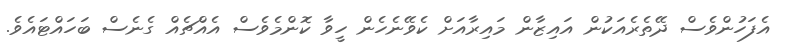
އެފަހުންވެސް ދޭތެރެއަކުން އައިޒާން މައިރާއަށް ކެވޭނެހެން ހީވާ ކޮންމެވެސް އެއްޗެއް ގެނެސް ބަހައްޓައެވެ.